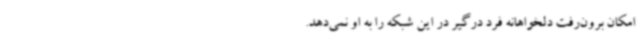
امکان برون‌رفت دلخواهانه فرد درگیر در این شبکه را به او نمی‌دهد.